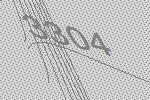
3304